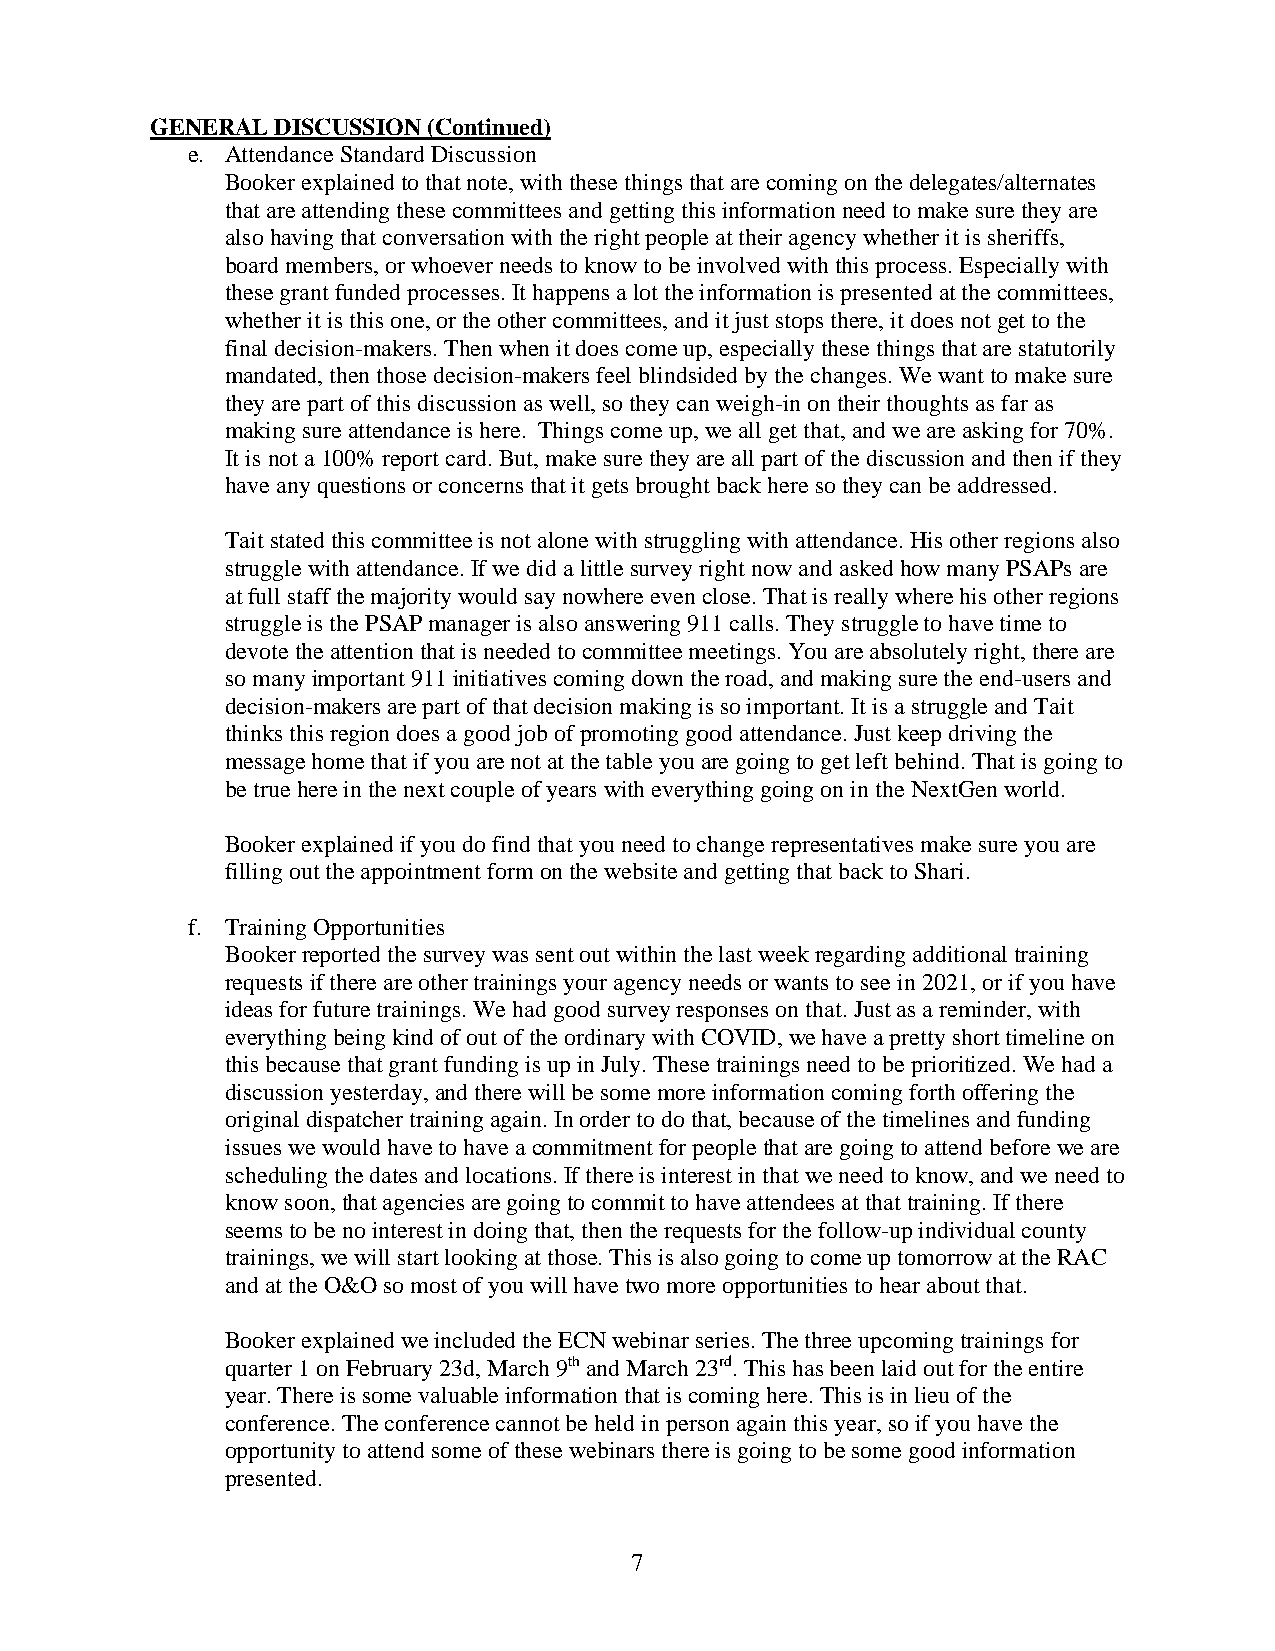
GENERAL DISCUSSION (Continued)
 e. Attendance Standard Discussion
 Booker explained to that note, with these things that are coming on the delegates/alternates
 that are attending these committees and getting this information need to make sure they are
 also having that conversation with the right people at their agency whether it is sheriffs,
 board members, or whoever needs to know to be involved with this process. Especially with
 these grant funded processes. It happens a lot the information is presented at the committees,
 whether it is this one, or the other committees, and it just stops there, it does not get to the
 final decision-makers. Then when it does come up, especially these things that are statutorily
 mandated, then those decision-makers feel blindsided by the changes. We want to make sure
 they are part of this discussion as well, so they can weigh-in on their thoughts as far as
 making sure attendance is here. Things come up, we all get that, and we are asking for 70%.
 It is not a 100% report card. But, make sure they are all part of the discussion and then if they
 have any questions or concerns that it gets brought back here so they can be addressed.
 Tait stated this committee is not alone with struggling with attendance. His other regions also
 struggle with attendance. If we did a little survey right now and asked how many PSAPs are
 at full staff the majority would say nowhere even close. That is really where his other regions
 struggle is the PSAP manager is also answering 911 calls. They struggle to have time to
 devote the attention that is needed to committee meetings. You are absolutely right, there are
 so many important 911 initiatives coming down the road, and making sure the end-users and
 decision-makers are part of that decision making is so important. It is a struggle and Tait
 thinks this region does a good job of promoting good attendance. Just keep driving the
 message home that if you are not at the table you are going to get left behind. That is going to
 be true here in the next couple of years with everything going on in the NextGen world.
 Booker explained if you do find that you need to change representatives make sure you are
 filling out the appointment form on the website and getting that back to Shari.
 f. Training Opportunities
 Booker reported the survey was sent out within the last week regarding additional training
 requests if there are other trainings your agency needs or wants to see in 2021, or if you have
 ideas for future trainings. We had good survey responses on that. Just as a reminder, with
 everything being kind of out of the ordinary with COVID, we have a pretty short timeline on
 this because that grant funding is up in July. These trainings need to be prioritized. We had a
 discussion yesterday, and there will be some more information coming forth offering the
 original dispatcher training again. In order to do that, because of the timelines and funding
 issues we would have to have a commitment for people that are going to attend before we are
 scheduling the dates and locations. If there is interest in that we need to know, and we need to
 know soon, that agencies are going to commit to have attendees at that training. If there
 seems to be no interest in doing that, then the requests for the follow-up individual county
 trainings, we will start looking at those. This is also going to come up tomorrow at the RAC
 and at the O&O so most of you will have two more opportunities to hear about that.
 Booker explained we included the ECN webinar series. The three upcoming trainings for
 quarter 1 on February 23d, March 9th and March 23rd. This has been laid out for the entire
 year. There is some valuable information that is coming here. This is in lieu of the
 conference. The conference cannot be held in person again this year, so if you have the
 opportunity to attend some of these webinars there is going to be some good information
 presented.
 7